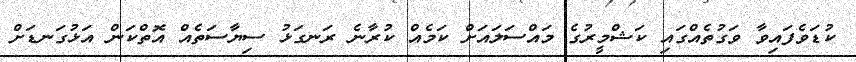
ކުޑަވެފައިވާ ވަގުތެއްގައި ކަޝްމީރުގެ މައްސަލައަށް ކަމެއް ކުރާނެ ރަނގަޅު ސިޔާސަތެއް އޮތްކަން އަޅުގަނޑަށް